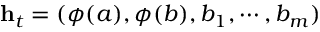
\mathbf { h } _ { t } = ( \phi ( a ) , \phi ( b ) , b _ { 1 } , \cdots , b _ { m } )